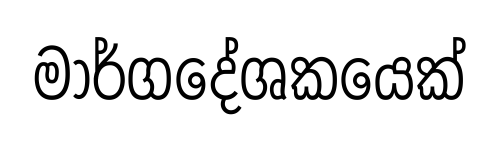
මාර්ගදේශකයෙක්